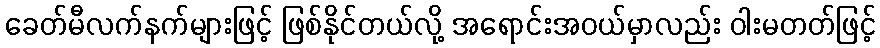
ခေတ်မီလက်နက်များဖြင့် ဖြစ်နိုင်တယ်လို့ အရောင်းအဝယ်မှာလည်း ဝါးမတတ်ဖြင့်